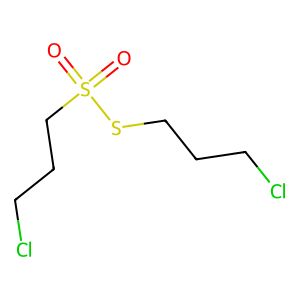
SMILES: O=S(=O)(CCCCl)SCCCCl
Inhibits HIV replication: No